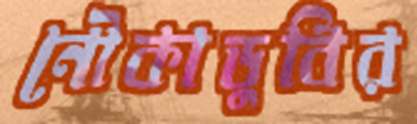
নৌকাডুবির